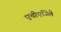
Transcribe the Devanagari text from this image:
एचीएजिले